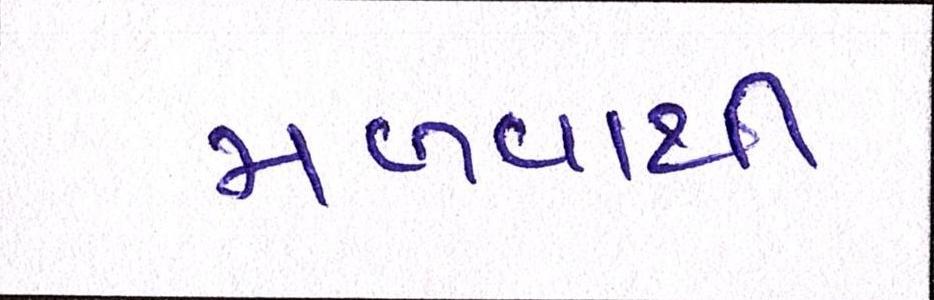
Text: મળવાથી